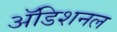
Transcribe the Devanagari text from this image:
अॅडिशनल